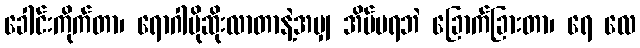
ခေါင်းကိုက်တာ၊ ရောဂါပိုဆိုးလာတာနဲ့အမျှ အိပ်မရဘဲ ခြောက်ခြားတာ၊ ရေ လေ